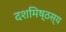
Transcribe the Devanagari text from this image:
दशमिष्ठस्य